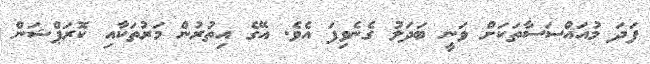
ފަދަ މުއައްސަސާތަކަށް ވަނީ ބަދަލު ގެނެވިފަ އެވެ. އޭގެ އިތުރުން މަރުތަކާއި ކޮރަޕްޝަން